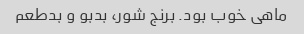
ماهی خوب بود. برنج شور، بدبو و بدطعم